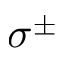
\sigma ^ { \pm }